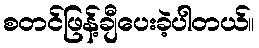
စတင်ဖြန့်ချီပေးခဲ့ပါတယ်။